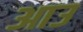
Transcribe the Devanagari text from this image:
आउ